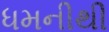
ધમનીથી